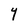
Character: Y